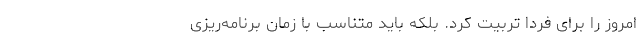
امروز را برای فردا تربیت کرد. بلکه باید متناسب با زمان برنامه‌ریزی